Annual report of the Punjab Veterinary College and of the Civil Veterinary Department, Punjab - 1894-1908
Year: 1894
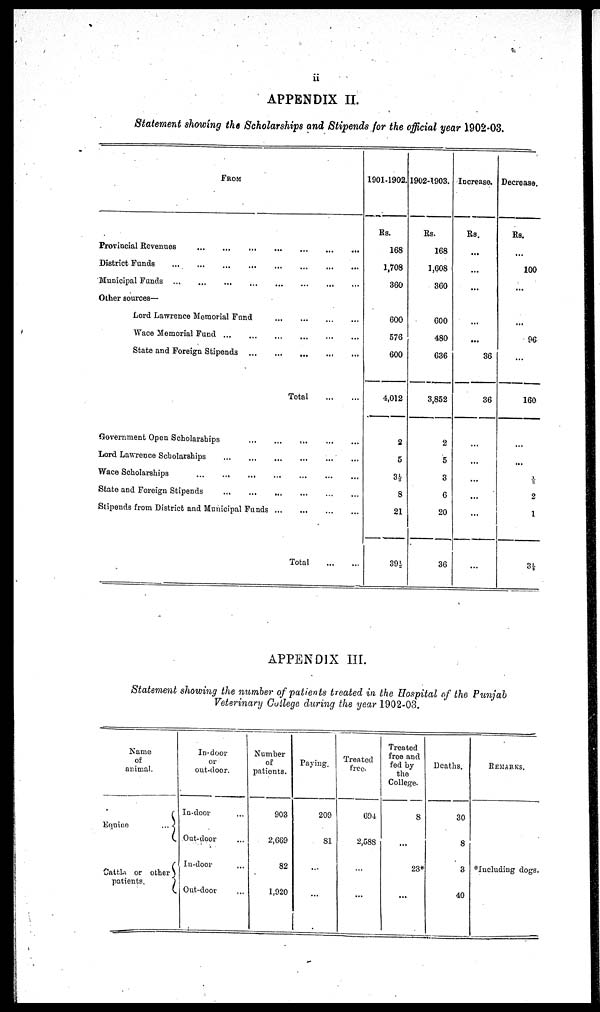
APPENDIX II.
Statement showing the Scholarships and Stipends for the official year 1902-03.
FROM
Provincial Revenues
District Funds ...
Municipal Funds
Other sources—
...
...
...
...
...
...
...
...
…
Lord Lawrence Memorial Fund
Wace Memorial Fund …
State and Foreign Stipends
...
...
Government Open Scholarships
Lord Lawrence Scholarships
Wace Scholarships
…
State and Foreign Stipends
…
...
...
...
...
...
…
...
...
...
...
...
...
...
…
...
...
…
...
...
...
Stipends from District and Municipal Funds ...
...
…
…
…
...
...
Total
…
…
…
…
...
Total
...
...
...
…
...
...
...
…
...
…
…
…
...
...
...
…
…
…
...
…
…
…
…
…
…
...
1901-1902.
Rs.
168
1,708
360
600
576
600
4,012
2
5
3½
8
21
39½
1902-1903.
Rs.
168
1,608
360
600
480
636
3,852
2
5
3
6
20
36
Increase.
Rs.
...
…
...
...
...
36
36
…
…
…
...
…
…
Decrease.
Rs.
...
100
...
...
96
…
160
…
...
½
2
1
3½
APPENDIX III.
Statement showing the number of patients treated in the Hospital of the Punjab
Veterinary College during the year 1902-03.
Name
of
animal
Equine
Cattle or other
patients.
In-door
or
out-door.
In-door ...
Out-door …
In-door …
Out-door …
Number
of
patients.
903
2,669
82
1,920
Paying.
209
81
…
…
Treated
free
694
2,588
…
…
Treated
free and
fed by
the
College.
8
...
23*
…
Deaths.
30
8
3
40
REMARKS.
*including dogs.